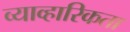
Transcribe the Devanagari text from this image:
व्याव्हारिकता